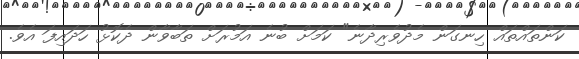
ކަންތައްތައް ހިނގަން މެދުވެރިދާނެ" ކަމަށް ބުނެ އަމުރަށް ތަބާވާން ދެކޮޅު ހަދައިފަ އެވެ.